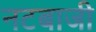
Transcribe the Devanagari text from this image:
नटबाजी